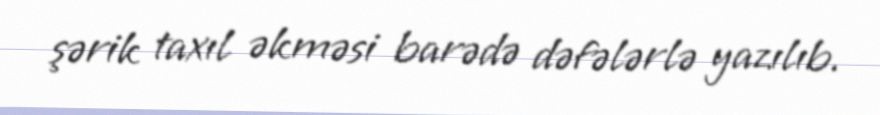
şərik taxıl əkməsi barədə dəfələrlə yazılıb.